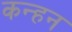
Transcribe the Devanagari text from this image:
कन्हन